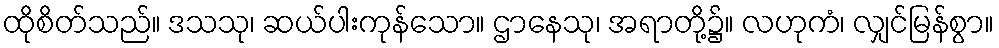
ထိုစိတ်သည်။ ဒသသု၊ ဆယ်ပါးကုန်သော။ ဌာနေသု၊ အရာတို့၌။ လဟုကံ၊ လျှင်မြန်စွာ။